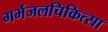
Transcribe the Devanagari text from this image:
गर्भजलचिकित्सा